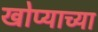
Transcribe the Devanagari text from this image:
खोप्याच्या